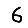
Digit: 6